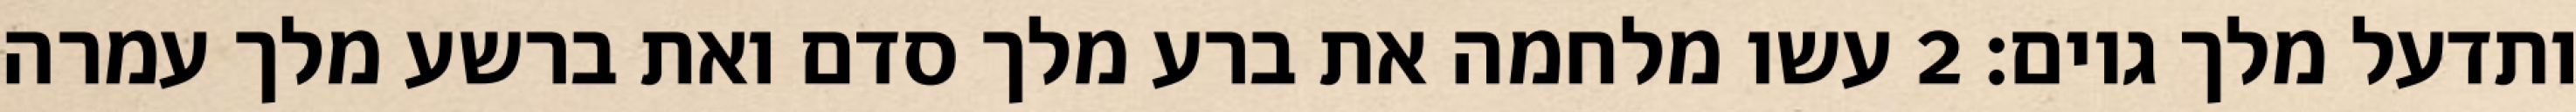
ותדעל מלך גוים׃ ‎2‏ עשו מלחמה את ברע מלך סדם ואת ברשע מלך עמרה